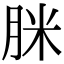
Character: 脒